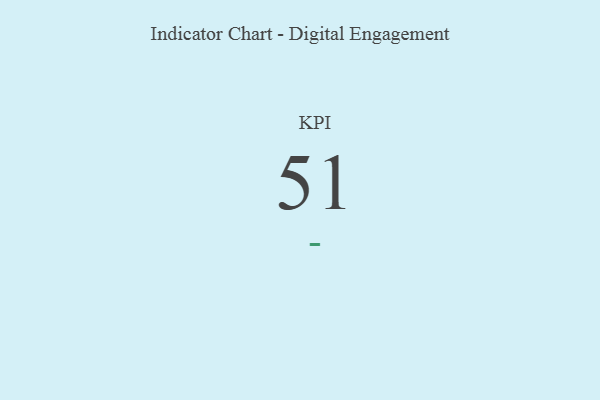
{"axis": {"x": "KPI", "y": "Value"}, "legend": [""], "data": [{"x": "KPI", "y": 51, "type": ""}]}